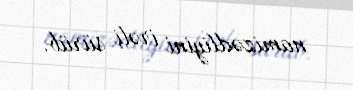
namizədliyini irəli sürüb.